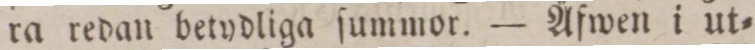
ra redan betydliga ſummor. — Äfwen i ut=